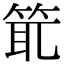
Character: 𥭙